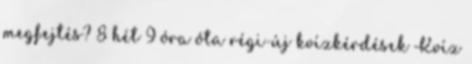
megfejtés? 8 hét 9 óra óta régi-új kvízkérdések Kvíz